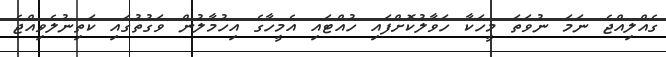
ގެއްލިއްޖެ ނަމަ ނުވަތަ މީހަކާ ހަވާލުކޮށްފައި ހުއްޓައި އެމީހާގެ އިހުމާލުން ވަގުތުގައި ކަތިނުލެވިއްޖެ